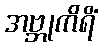
အဗ္ဘုကိရိံ